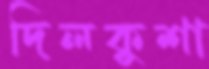
দিলকুশা